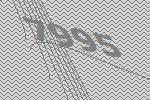
7995